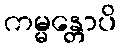
ကမ္မန္တောပိ